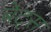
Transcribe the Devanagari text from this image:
बेट्‌स